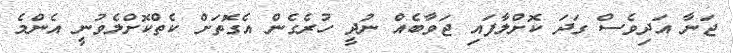
ޖަނާ އަދިވެސް ގަދަ ކޮށްލާފައި ޖަވާބެއް ނުދީ ހުރެގެން އެގޮތަށް ކެތްކޮށްލެވުނީ އެންމެ